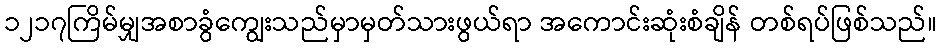
၁၂၁၇ကြိမ်မျှအစာခွံကျွေးသည်မှာမှတ်သားဖွယ်ရာ အကောင်းဆုံးစံချိန် တစ်ရပ်ဖြစ်သည်။